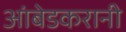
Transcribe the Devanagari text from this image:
आंबेडकरानी